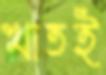
খাতই